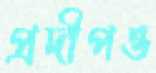
প্রদীপও